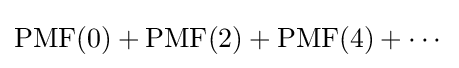
\operatorname {PMF} (0)+\operatorname {PMF} (2)+\operatorname {PMF} (4)+\cdots